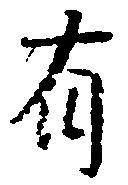
有